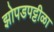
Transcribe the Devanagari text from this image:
झोपडपट्टीळा